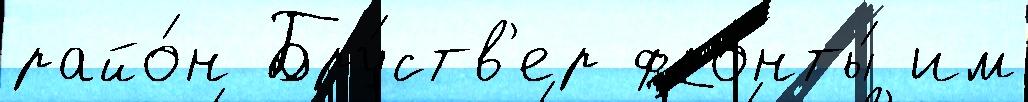
райо́н Бру́ств'ер фронты́ им